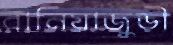
বানিয়াজুড়ী